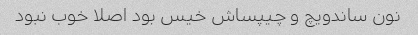
نون ساندویچ و چیپساش خیس بود اصلا خوب نبود